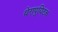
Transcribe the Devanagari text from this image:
थेरापुयिटक